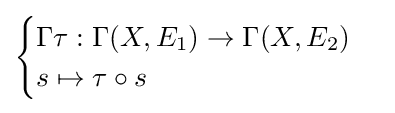
{\begin{cases}\Gamma \tau :\Gamma (X,E_{1})\to \Gamma (X,E_{2})\\s\mapsto \tau \circ s\end{cases}}